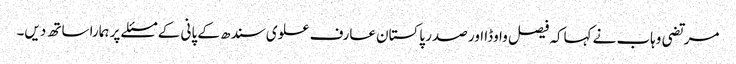
مرتضی وہاب نے کہاکہ فیصل واوڈا اور صدر پاکستان عارف علوی سندھ کے پانی کے مسئلے پر ہمارا ساتھ دیں۔